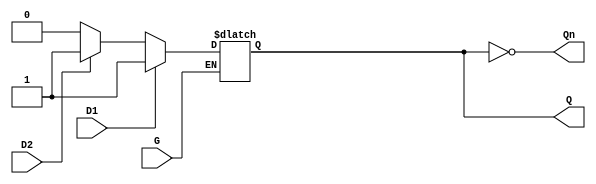
module dual_input_gated_latch (
    input wire D1,      // First data input
    input wire D2,      // Second data input
    input wire G,       // Enable control signal
    output reg Q,       // Output
    output wire Qn      // Complement of the output Q
);

    // Assign the complement of Q to Qn
    assign Qn = ~Q;

    // Latch behavior
    always @(*) begin
        if (G) begin
            // Enable state
            if (D1) begin
                Q = 1'b1;  // Take D1 if it is HIGH
            end else if (D2) begin
                Q = 1'b1;  // Take D2 if it is HIGH
            end else begin
                Q = 1'b0;  // Both inputs LOW
            end
        end
        // If G is LOW, Q retains its previous state (no action needed)
    end

endmodule